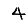
Digit: 4